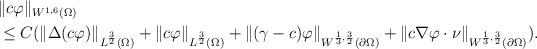
LaTeX: \begin{align*}\begin{aligned}&\|c\varphi \|_{W^{1,6}(\Omega)}\\&\le C( \|\Delta(c \varphi) \|_{L^{\frac{3}{2}}(\Omega)} +\| c \varphi\|_{L^{\frac{3}{2}}(\Omega)} + \| (\gamma-c) \varphi \|_{W^{\frac{1}{3},\frac{3}{2}}(\partial\Omega)} +\| c\nabla \varphi \cdot \nu \|_{W^{\frac{1}{3},\frac{3}{2}}(\partial\Omega)} ).\end{aligned}\end{align*}